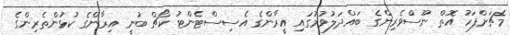
މެޗަށްފަހު އޮތް ނޫސްވެރިންގެ ބައްދަލުވުމުގައި އީރާންގެ އެސިސްޓެންޓު ކޯޗް ބުނީ އިރާންގެ ކުޅުންތެރިންގެ